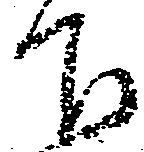
下